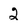
Character: 2